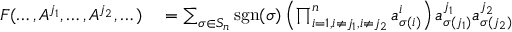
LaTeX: \begin{array} { r l } { F ( \dots , A ^ { j _ { 1 } } , \dots , A ^ { j _ { 2 } } , \dots ) } & { { } = \sum _ { \sigma \in S _ { n } } \operatorname { s g n } ( \sigma ) \left( \prod _ { i = 1 , i \neq j _ { 1 } , i \neq j _ { 2 } } ^ { n } a _ { \sigma ( i ) } ^ { i } \right) a _ { \sigma ( j _ { 1 } ) } ^ { j _ { 1 } } a _ { \sigma ( j _ { 2 } ) } ^ { j _ { 2 } } } \end{array}